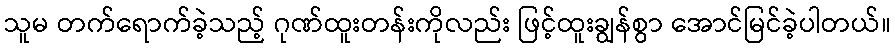
သူမ တက်ရောက်ခဲ့သည့် ဂုဏ်ထူးတန်းကိုလည်း ဖြင့်ထူးချွန်စွာ အောင်မြင်ခဲ့ပါတယ်။